Scottish Leaving Certificate Examination, 1954
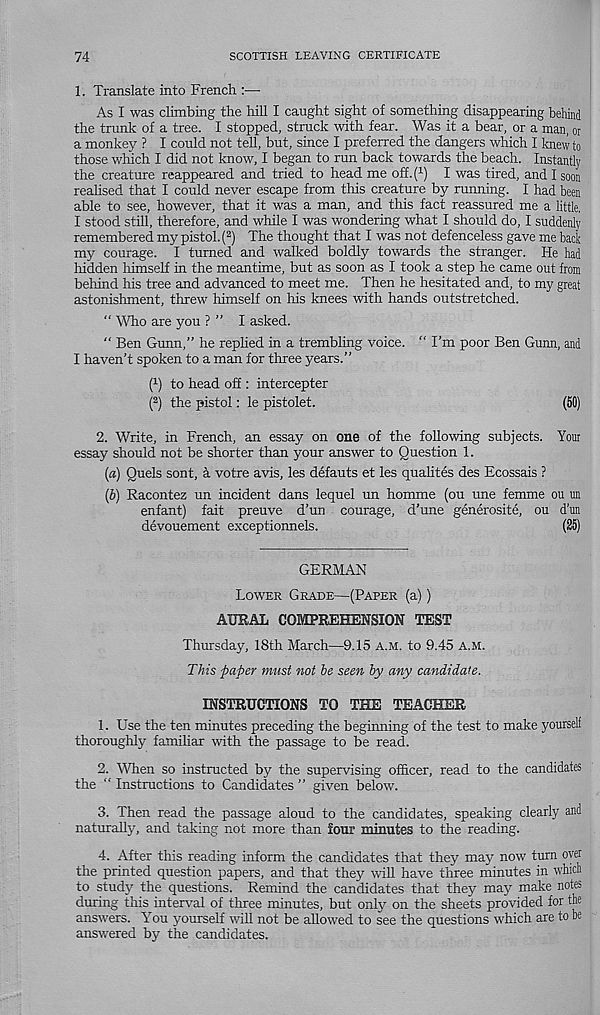
74
SCOTTISH LEAVING CERTIFICATE
1. Translate into French :—
As I was climbing the hill I caught sight of something disappearing behind
the trunk of a tree. I stopped, struck with fear. Was it a bear, or a man, or
a monkey ? I could not tell, but, since I preferred the dangers which I knew to
those which I did not know, I began to run back towards the beach. Instantly
the creature reappeared and tried to head me off.t 1 ) I was tired, and I soon
reahsed that I could never escape from this creature by running. I had been
able to see, however, that it was a man, and this fact reassured me a little,
I stood still, therefore, and while I was wondering what I should do, I suddenly
remembered my pistol. ( 2 ) The thought that I was not defenceless gave me back
my courage. I turned and walked boldly towards the stranger. He had
hidden himself in the meantime, but as soon as I took a step he came out from
behind his tree and advanced to meet me. Then he hesitated and, to my great
astonishment, threw himself on his knees with hands outstretched.
“ mo are you ? ” I asked.
“ Ben Gunn,” he replied in a trembling voice. “ I’m poor Ben Gunn, and
I haven’t spoken to a man for three years.”
P) to head off : intercepter
( 2 ) the pistol: le pistolet.
(50)
2. Write, in French, an essay on one of the following subjects. Your
essay should not be shorter than your answer to Question 1.
(a) Quels sont, a votre avis, les defauts et les qualites des Ecossais ?
(J) Racontez un incident dans lequel un homme (ou une femme ou im
enfant) fait preuve d’un courage, d’une generosite, ou d’un
devouement exceptionnels.
(25)
GERMAN
Lower Grade—(Paper (a))
AURAL COMPREHENSION TEST
Thursday, 18th March—9.15 a.m. to 9.45 A.M.
This -paper must not he seen by any candidate.
INSTRUCTIONS TO THE TEACHER
1. Use the ten minutes preceding the beginning of the test to make yourself
thoroughly familiar with the passage to be read.
2. When so instructed by the supervising officer, read to the candidates
the “ Instructions to Candidates ” given below.
3. Then read the passage aloud to the candidates, speaking clearly and
naturally, and taking not more than four minutes to the reading.
4. After this reading inform the candidates that they may now turn over
the printed question papers, and that they will have three minutes in which
to study the questions. Remind the candidates that they may make notes
during this interval of three minutes, but only on the sheets provided for the
answers. You yourself will not be allowed to see the questions which are to be
answered by? the candidates.